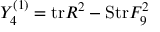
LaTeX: Y _ { 4 } ^ { ( 1 ) } = \mathrm { t r } R ^ { 2 } - \mathrm { S t r } F _ { 9 } ^ { 2 }